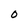
Character: 0